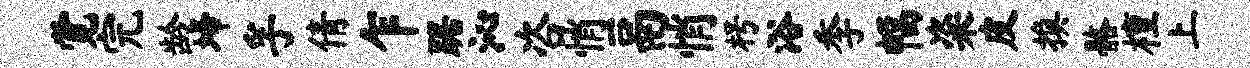
觉完龄埽孚倩乍踞沁咨悄鬲悄枵浴季幅粢皮换髂檀上